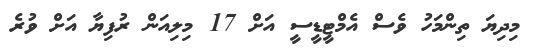
މިދިޔަ ތިންމަހު ވެސް އެމްޓީޑީސީ އަށް 17 މިލިއަން ރުފިޔާ އަށް ވުރެ